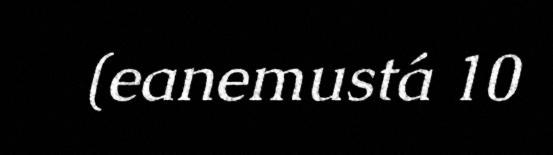
(eanemustá 10